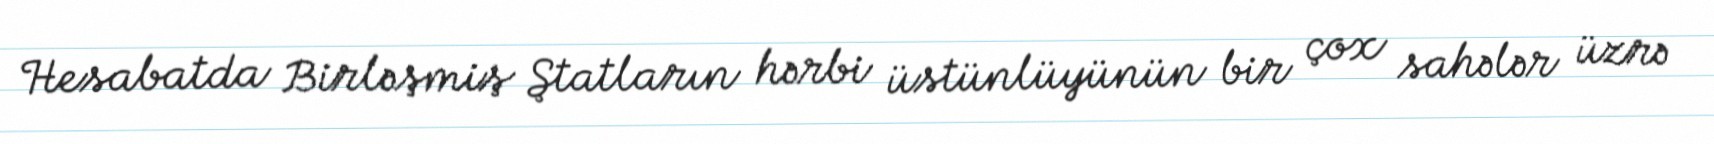
Hesabatda Birləşmiş Ştatların hərbi üstünlüyünün bir çox sahələr üzrə